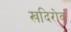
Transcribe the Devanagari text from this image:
खदिरोव